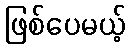
ဖြစ်ပေမယ့်